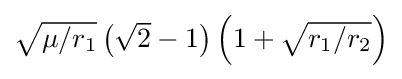
{\textstyle {\sqrt {\mu /r_{1}}}\left({\sqrt {2}}-1\right)\left(1+{\sqrt {r_{1}/r_{2}}}\right)}